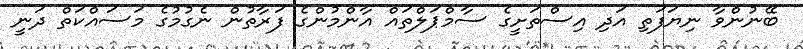
ބޭނުންވާ ނިޔަފަތި އަދި އިސްތަށީގެ ސާމްޕަލްތައް އާންމުންގެ ފަރާތުން ނެގުމުގެ މަސައްކަތް ދަނީ